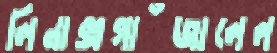
লিনাক্সগাঁজালেল